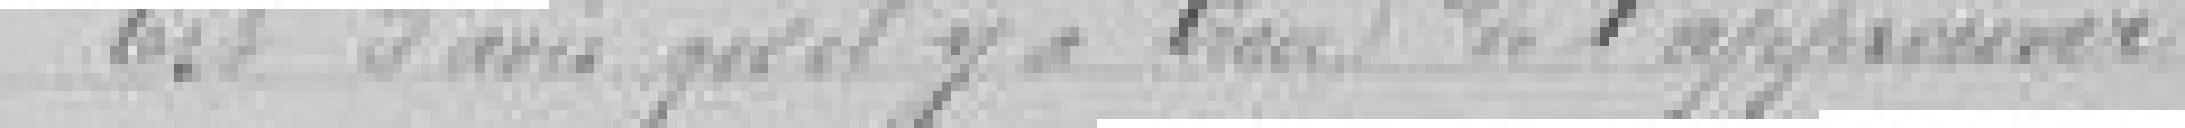
Est d'avis qu'il y a lieu de l'approuver.